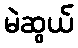
မဲဆွယ်